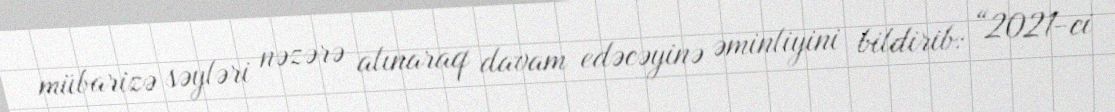
mübarizə səyləri nəzərə alınaraq davam edəcəyinə əminliyini bildirib: “2021-ci